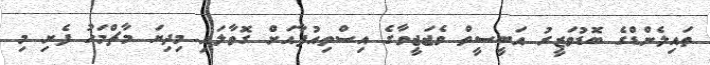
ތައިލެންޑްގެ ބޮޑުވަޒީރު އަބީސީތް ވެޖަޖީވާގެ އިސްތިއުފާއަށް ގޮވާލައި މިދިޔަ މާޗްމަހު ފެށި މި